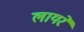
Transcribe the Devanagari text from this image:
लायरे